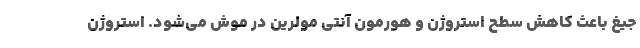
جیغ باعث کاهش سطح استروژن و هورمون آنتی مولرین در موش می‌شود. استروژن